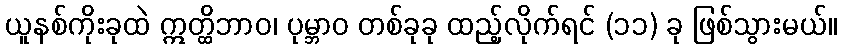
ယူနစ်ကိုးခုထဲ ဣတ္ထိဘာဝ၊ ပုမ္ဘာဝ တစ်ခုခု ထည့်လိုက်ရင် (၁၁) ခု ဖြစ်သွားမယ်။